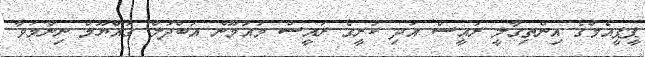
ޕީޕީއެމްގެ އިންތިގާލީ ރައީސް އަދި ކުރީގެ ރައީސް މައުމޫން އަބްދުލް ގައްޔޫމް ނިންމަވާ